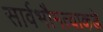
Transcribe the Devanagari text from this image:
सार्वभौमत्वाकडे